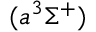
( a ^ { 3 } \Sigma ^ { + } )